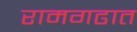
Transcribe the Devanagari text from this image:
रामगढात